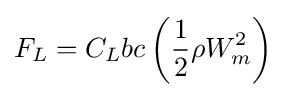
F_{L}=C_{L}bc\left({\frac {1}{2}}\rho W_{m}^{2}\right)